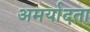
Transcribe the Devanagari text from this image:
अमर्यादता